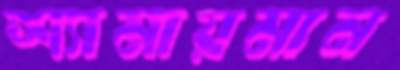
শ্যামায়মান